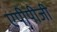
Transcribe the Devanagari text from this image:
एपीपीजी